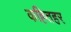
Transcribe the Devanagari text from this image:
कह्तिहर